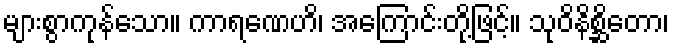
များစွာကုန်သော။ ကာရဏေဟိ၊ အကြောင်းတို့ဖြင့်။ သုဝိနိစ္ဆိတော၊